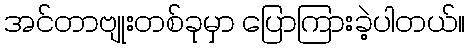
အင်တာဗျုးတစ်ခုမှာ ပြောကြားခဲ့ပါတယ်။